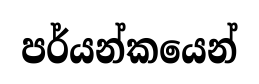
පර්යන්කයෙන්